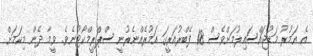
އެ އަމުރު މަޑުޖައްސައިލުމަށްވެސް 18 ފެބްރުއަރީގަ އަމުރެއްނެރުނީ ސްޕްރީމްކޯޓުނެވެ. ވީމާ ދެން މިކަމަށް